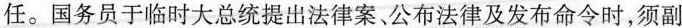
任。国务员于临时大总统提出法律案、公布法律及发布命令时，须副